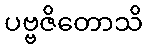
ပဗ္ဗဇိတောသိ